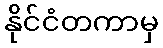
နိုင်ငံတကာမှ